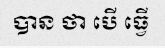
បាន ថា បើ ធ្វើ